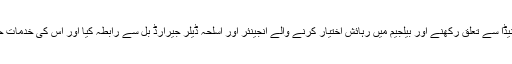
انہوں نے کینیڈا سے تعلق رکھنے اور بیلجیم میں رہائش اختیار کرنے والے انجینئر اور اسلحہ ڈیلر جیرارڈ بُل سے رابطہ کیا اور اس کی خدمات حاصل کرلیں۔